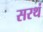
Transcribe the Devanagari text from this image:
सरथं